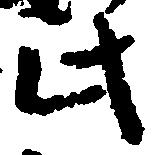
此